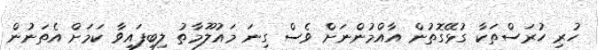
ހުރި ހުރަސްތަކާ ގުޅޭގޮތުން އާއްމުންނަށް ވެސް ގިނަ މައުލޫމާތު ލިބިފައިވާ ކަމަށް އެތަނުން